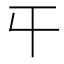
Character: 𡕒